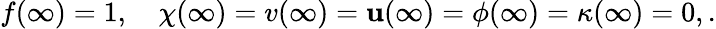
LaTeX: f(\infty)=1,\quad\chi(\infty)=v(\infty)=\mathbf{u}(\infty)=\phi(\infty)=\kappa(\infty)=0,.